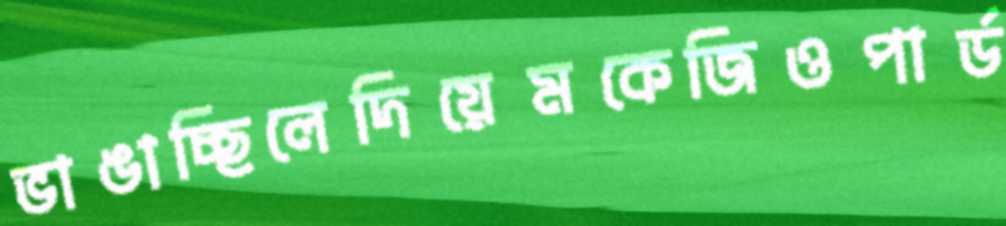
ভাঙাচ্ছিলেদিয়েমকেজিওপার্ড